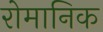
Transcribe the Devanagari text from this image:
रोमानिक